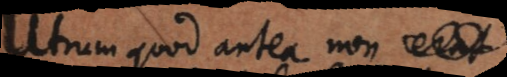
Utrum quod antea non habebatur